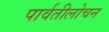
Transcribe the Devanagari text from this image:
पार्वतीलोचन